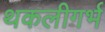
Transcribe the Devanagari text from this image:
थकलीगर्भ